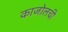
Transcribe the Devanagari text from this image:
काजोलची